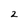
Character: 2